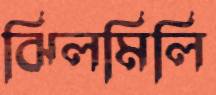
ঝিলমিলি